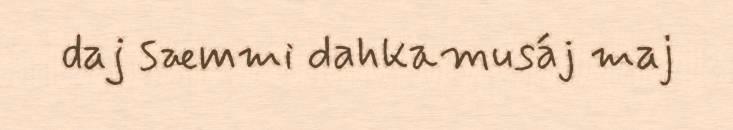
daj sæmmi dahkamusáj maj